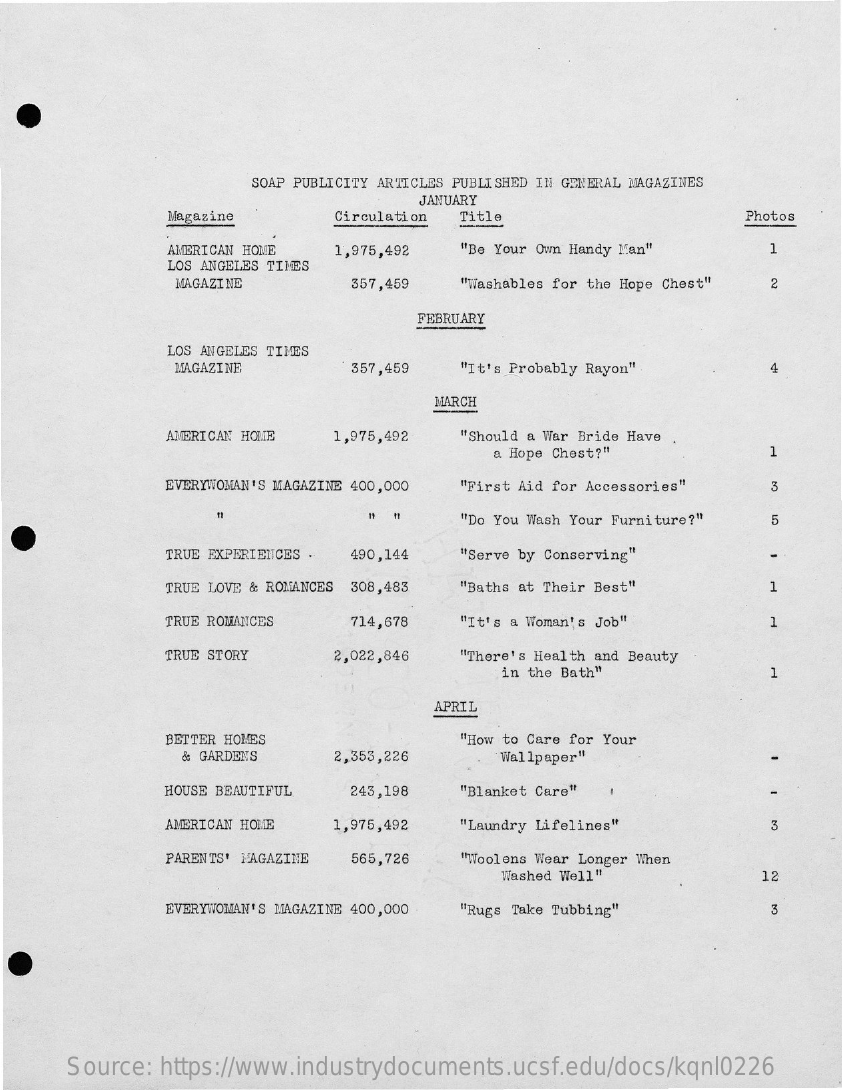
SOAP PUBLICITY ARTICLES PUBLISHED IN GENERAL MAGAZINES
     JANUARY
     Magazine    Circulation Title    Photos
     AMERICAN HOME 1,975,492  "Be Your Own Handy Man"
     LOS ANGELES TIMES
     MAGAZINE    357,459  "Washables for the Hope Chest" 2
     FEBRUARY
     LOS ANGELES TIMES
     MAGAZINE    357,459   "It's Probably Rayon"    4
     MARCH
     AMERICAN HOME 1,975,492  "Should a War Bride Have
     a Hope Chest?"    1
     EVERYWOMAN'S MAGAZINE 400,000 "First Aid for Accessories" 3
     =
     "Do You Wash Your Furniture?" 5
     TRUE EXPERIENCES . 490,144 "Serve by Conserving"
     TRUE LOVE & ROMANCES 308,483 "Baths at Their Best" 1
     TRUE ROMANCES   714,678  "It's a Woman's Job"
     TRUE STORY    2,022,846  "There's Health and Beauty
     in the Bath"
     APRIL
     BETTER HOMES    "How to Care for Your
     & GARDENS   2,353,226    Wallpaper"
     HOUSE BEAUTIFUL 243,198  "Blanket Care"
     AMERICAN HOME 1,975,492  "Laundry Lifelines"    3
     PARENTS' MAGAZINE 565,726 "Woolens Wear Longer When
     Washed Well"    12
     EVERYWOMAN'S MAGAZINE 400,000 "Rugs Take Tubbing"  3
     Source: https://www.industrydocuments.ucsf.edu/docs/kqnl0226